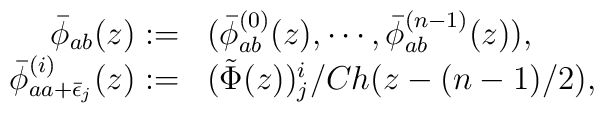
\begin{array}{rl}\bar{\phi }_{ab}(z):= &(\bar{\phi }_{ab}^{(0)}(z), \cdots , \bar{\phi }_{ab}^{(n-1)}(z)), \\\bar{\phi }_{aa+\bar{\epsilon }_j }^{(i)}(z):= &(\tilde{\Phi }(z))_{j}^{i}/Ch(z-(n-1)/2), \end{array}